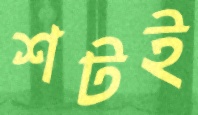
শটই